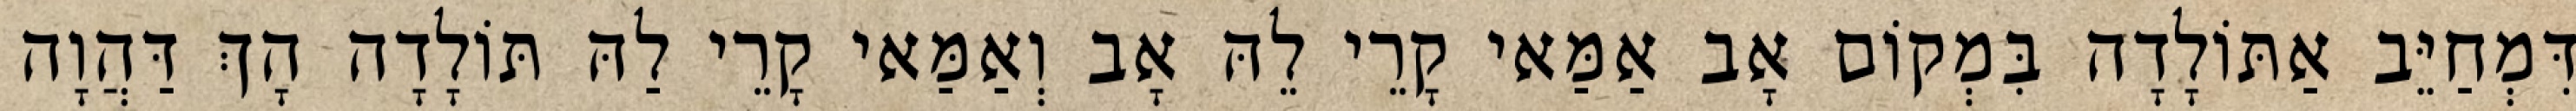
דִּמְחַיֵּב אַתּוֹלָדָה בִּמְקוֹם אָב אַמַּאי קָרֵי לֵהּ אָב וְאַמַּאי קָרֵי לַהּ תּוֹלָדָה הָךְ דַּהֲוָה